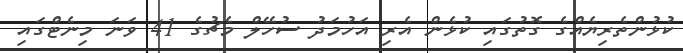
ކުޅުންތެރިޔެއްގެ ގޮތުގައި ކުޅެން އެރި އަހުމަދު ސުހޭލް މެޗުގެ 41 ވަނަ މިނެޓްގައި